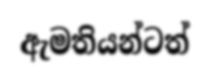
ඇමතියන්ටත්